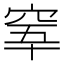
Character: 𥥫